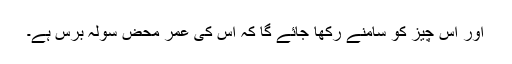
اور اس چیز کو سامنے رکھا جائے گا کہ اُس کی عمر محض سولہ برس ہے۔